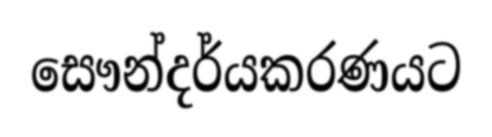
සෞන්දර්යකරණයට